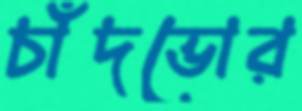
চাঁদভোর